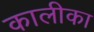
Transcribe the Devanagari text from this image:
कालीका